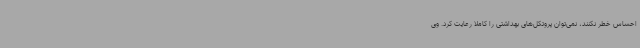
احساس خطر نکنند، نمی‌توان پروتکل‌های بهداشتی را کاملا رعایت کرد. وی